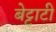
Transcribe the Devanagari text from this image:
बेट्टाटी